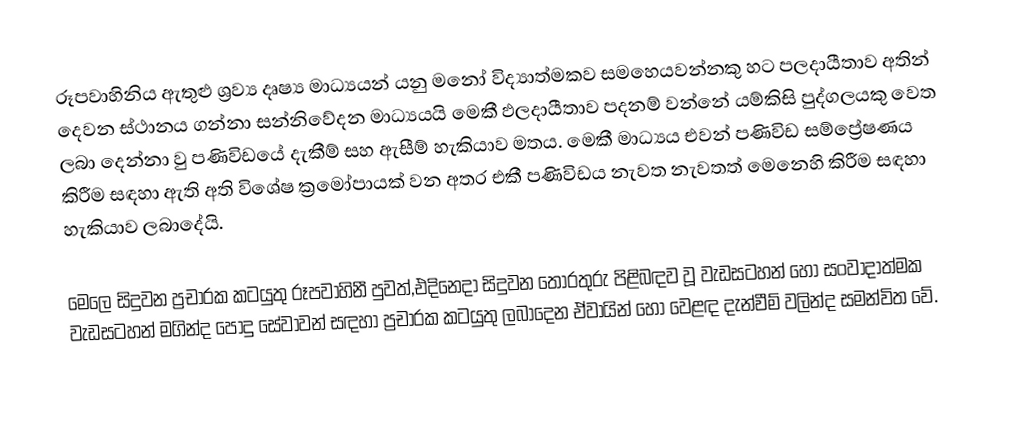
රූපවාහිනිය ඇතුළු ශ්‍රව්‍ය දෘෂ්‍ය මාධ්‍යයන් යනු මනෝ විද්‍යාත්මකව සමහෙයවන්නකු හට පලදායීතාව අතින් දෙවන ස්ථානය ගන්නා සන්නිවේදන මාධ්‍යයයි මෙකී ඵලදායීතාව පදනම් වන්නේ යම්කිසි පුද්ගලයකු වෙත ලබා දෙන්නා වු පණිවිඩයේ දැකීම් සහ ඇසීම් හැකියාව මතය. මෙකී මාධ්‍යය එවන් පණිවිඩ සම්ප්‍රේෂණය කිරීම සඳහා ඇති අති විශේෂ ක්‍රමෝපායක් වන අතර එකී පණිවිඩය නැවත නැවතත් මෙනෙහි කිරීම  සඳහා හැකියාව ලබාදේයි.

මෙලෙ සිදුවන ප්‍රචාරක කටයුතු රූපවාහිනී පුවත්,එදිනෙදා සිදුවන තොරතුරු පිළිබඳව වූ වැඩසටහන් හෝ සංවාදාත්මක වැඩසටහන් මගින්ද පොදු සේවාවන් සඳහා ප්‍රචාරක කටයුතු ලබාදෙන ඒවායින් හෝ වෙළඳ දැන්වීම් වලින්ද සමන්විත වේ.